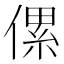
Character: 傫